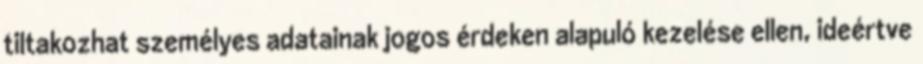
tiltakozhat személyes adatainak jogos érdeken alapuló kezelése ellen, ideértve